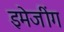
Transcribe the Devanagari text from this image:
इमेजींग